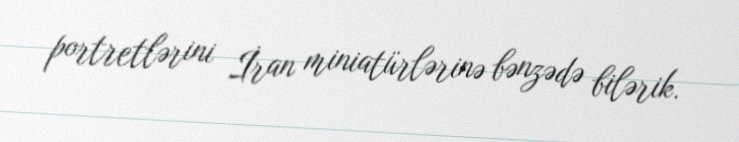
portretlərini İran miniatürlərinə bənzədə bilərik.